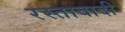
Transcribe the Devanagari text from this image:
रस्तावादी